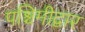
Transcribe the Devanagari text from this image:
पश्चिमीद्वार